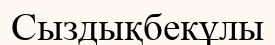
Сыздықбекұлы